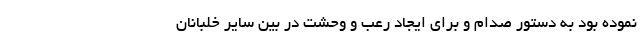
نموده بود به دستور صدام و براي ايجاد رعب و وحشت در بين ساير خلبانان